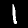
Digit: 1